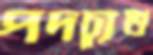
পদচ্যুত